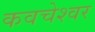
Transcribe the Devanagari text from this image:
कवचेश्वर